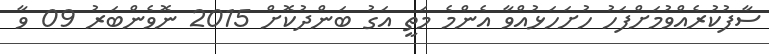
ސާފުކުރެއްވުމަށްފަހު ހުށަހަޅުއްވާ އެންމެ މަތީ އަގު ބަންދުކޮށް 2015 ނޮވެންބަރު 09 ވާ